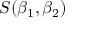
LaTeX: S ( \beta _ { 1 } , \beta _ { 2 } )